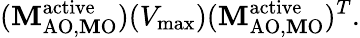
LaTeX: (\mathbf{M}_{\mathrm{{{AO,\mathbf{M}O}}}}^{\mathrm{{{active}}}})(V_{\mathrm{{{max}}}})(\mathbf{M}_{\mathrm{{{AO,\mathbf{M}O}}}}^{\mathrm{{{active}}}})^{T}.